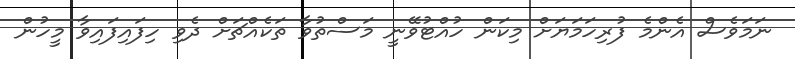
ނަމަވެސް އެންމެ ފުރިހަމަޔަށް މިކަން ހުއްޓުވޭނީ މަސްތުވާ ތަކެއްޗަށް ދެވި ހިފައިފައިވާ މީހުން